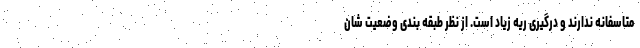
متاسفانه ندارند و درگیری ریه زیاد است. از نظر طبقه بندی وضعیت شان